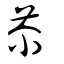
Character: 苶